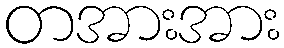
တအားအား